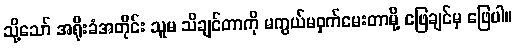
သို့သော် အရိုးခံအတိုင်း သူမ သိချင်တာကို မကွယ်မဝှက်မေးတာမို့ ဖြေချင်မှ ဖြေပါ။